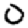
Digit: 0